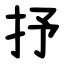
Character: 抒